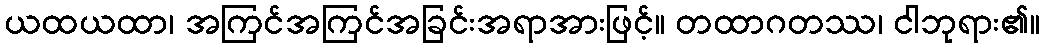
ယထယထာ၊ အကြင်အကြင်အခြင်းအရာအားဖြင့်။ တထာဂတဿ၊ ငါဘုရား၏။